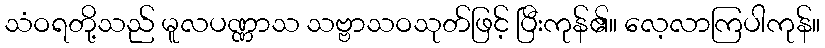
သံဝရတို့သည် မူလပဏ္ဏာသ သဗ္ဗာသဝသုတ်ဖြင့် ပြီးကုန်၏။ လေ့လာကြပါကုန်။